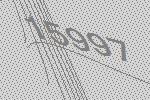
15997